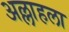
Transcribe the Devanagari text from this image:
अल्लाहला